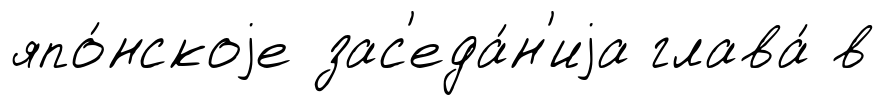
япо́нскоjе зас'еда́н'иjа глава́ в